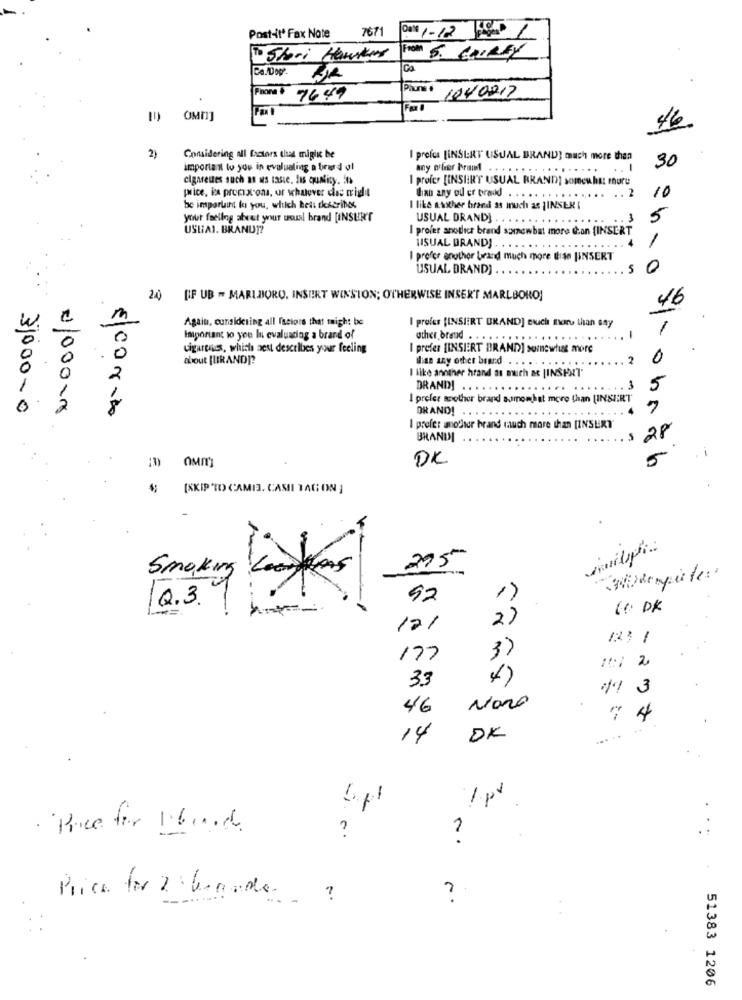
Post-it' Fax Note
7671
DOM 1-12 Ses 1
To Stori Hawkes
From 5. COURSY
Ca./Dop'-
Pauns #
76.49
1040217
[U OMT]
46.
2)
Considering all factors that migli be
I profes [INSERT USUAL BRAND] much more then
30
important to you in evaluating a birat d gl
cigarettes such as us taste. lis quality. it>
I profes [INSERT USUAL BRAND] somewhat more
price, in promx ona, or whatever das wright
2
than any ou er bradd . .
10
be important to you, which beil ckscribes
I like akither brand as much as LINSER I
your feellng abeet your usual brand [INSUR'T
USUAL DRANDJ
5
USUAL. BRANDT?
I profer antler brand somewhat more dan [INSERT
VISUAL BRAND]
I profer anothor brand much more thise UINSERT
USUAL DRAND)
0
24)
[IF UB - MARLBORO, INSERT WINSTON; OTHERWISE INSERT MARLBORO]
46
Again, considering all Issions that might be
I profes [INSERT BRAND] cuch more than any
0
0
Important to you In evaluating a brand of
other brand . .
cigarenes, which sest describes your feeling
I prefer [INSIERT BRAND] somewhat more
0
0
about [BRAND]?
dian any other brand
.........
0
I like another hrand as much as [INSHXT
2
DRAND! .
...
5
I prefer another brand aumomhat more than [INSIIRT
31000-0
€100000
€100NA
DRAND!
I prefer anodlaur hrand much more than [INSERT'
BRANDI
DK
=
(SKIP TO CAMI]. CASHI TAG ON ]
275
Smoking Con mas
92
1)
1Q.3.
10 DK
2)
121
123 1
3)
177
10: 2
33
4)
11 3
46
Novo
74
14
OK
... ..
1.pt
· Price for 16inoch
?
Price for 2 banade
51383 1206